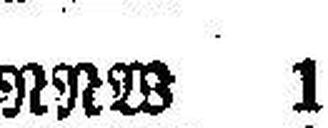
RRW 1